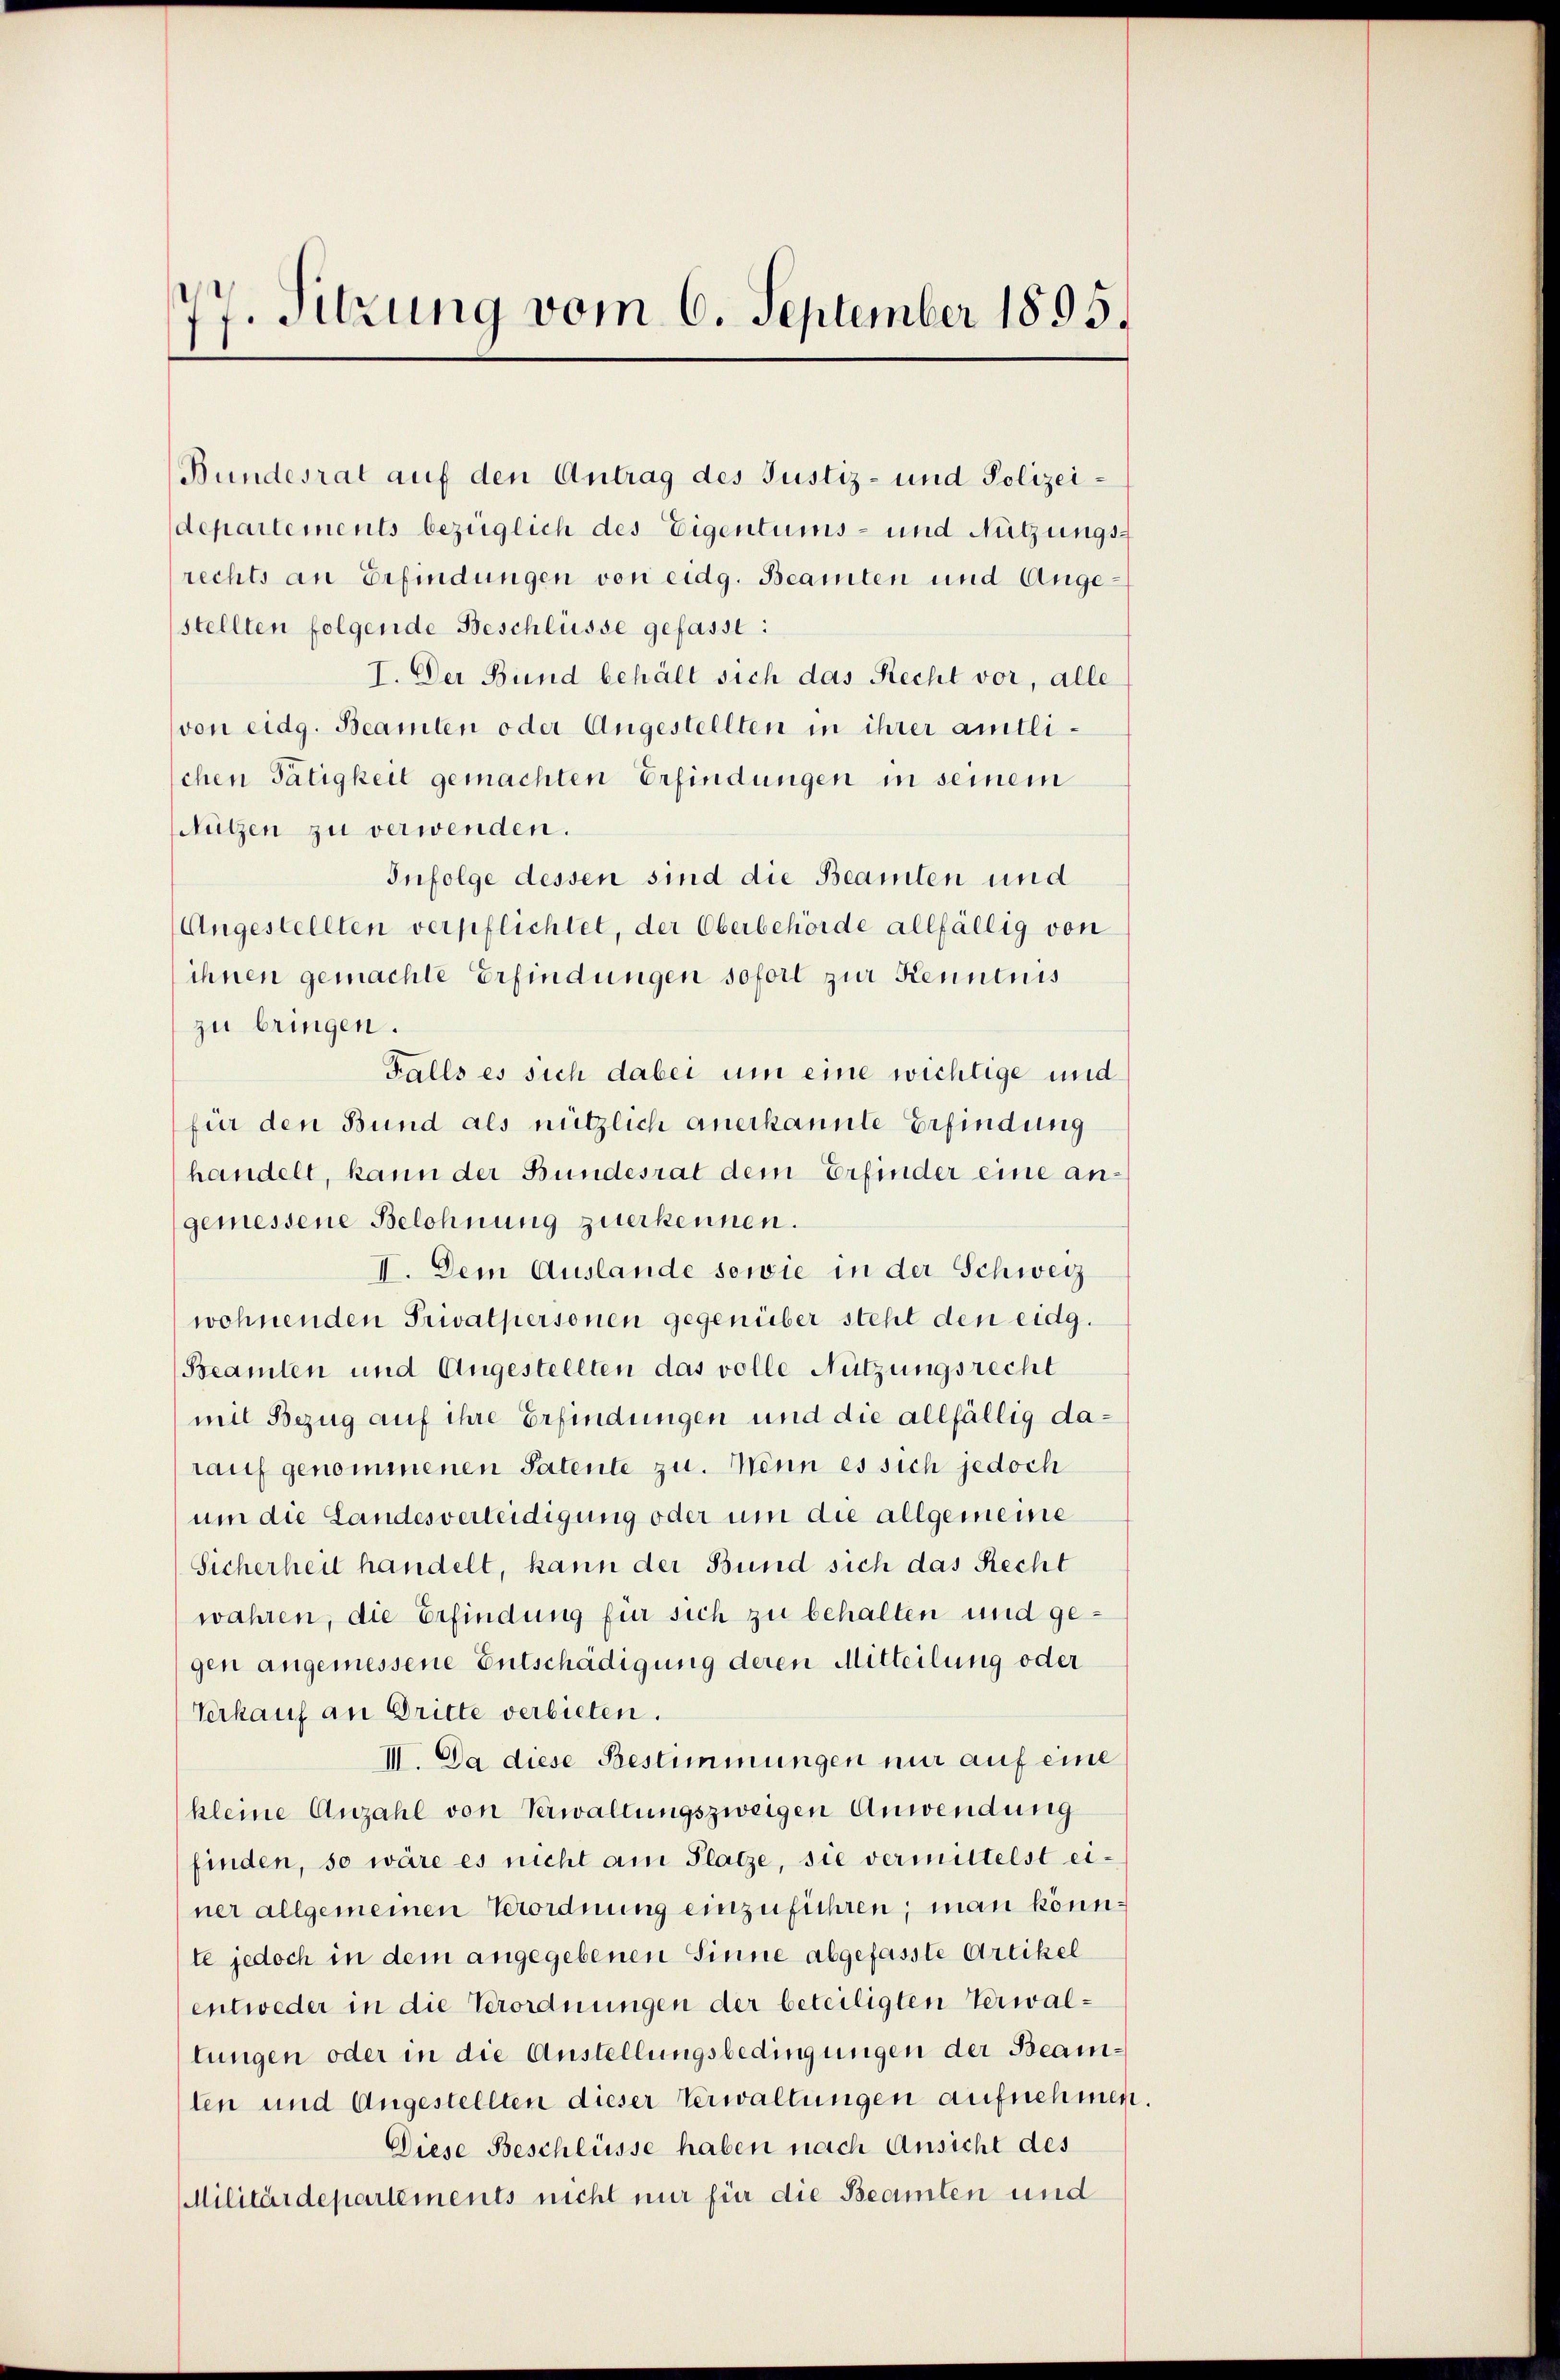
77. Sitzung vom 6. September 1895.

departements bezüglich des Eigentums- und Nutzungsrechts an Erfindungen von eidg. Beamten und Angestellten folgende Beschlüsse gefasst:
I. Der Bund behält sich das Recht vor, alle
von eidg. Beamten oder Angestellten in ihrer amtlischen Tätigkeit gemachten Erfindungen in seinem
ützen zu verwenden.
Infolge dessen sind die Beamten und
Angestellten verpflichtet, der Oberbehörde allfällig von
ihnen gemachte Erfindungen sofort zur Kenntnis
zu bringen.
Falls es sich dabei um eine wichtige und
für den Bund als nützlich anerkannte Erfindung
handelt, kann der Bundesrat dem Erfinder eine angemessene Belohnung zuerkennen.
II. Dem Auslande sowie in der Schweiz
wohnenden Privatpersonen gegenüber steht den eidg.
Beamten und Angestellten das volle Nutzungsrecht
mit Bezug auf ihre Erfindungen und die allfällig darauf genommenen Patente zu. Wenn es sich jedoch
um die Landesverleidigung oder um die allgemeine
Sicherheit handelt, kann der Bund sich das Recht
wahren, die Erfindung für sich zu behalten und gegen angemessene Entschädigung deren Mitteilung oder
Verkauf an Dritte verbieten.
III. Da diese Bestimmungen nur auf eine
kleine Anzahl von Verwaltungszweigen Anwendung
finden, so wäre es nicht am Platze, sie vermittelst einer allgemeinen Verordnung einzuführen, man könnte jedoch in dem angegebenen Sinne abgefasste Artikel
entweder in die Verordnungen der beteiligten Verwaltungen oder in die Austellungsbedingungen der Beamten und Angestellten dieser Verwaltungen aufnehmen.
Diese Beschlüsse haben nach Ansicht des
Militärdepartements nicht nur für die Beamten und

Bundesrat auf den Antrag des Justiz- und Polizei¬